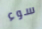
سوء